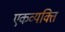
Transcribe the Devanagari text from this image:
एकव्यक्ति